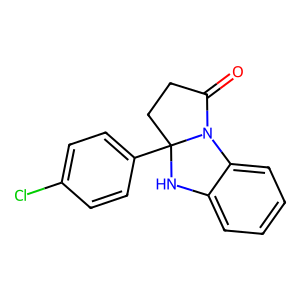
SMILES: O=C1CCC2(c3ccc(Cl)cc3)Nc3ccccc3N12
Inhibits HIV replication: No